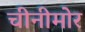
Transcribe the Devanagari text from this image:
चीनीमोर